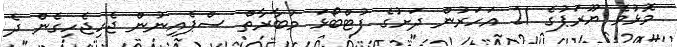
މޮޅުވެ ޔޫރަޕުގެ 21 އަހަރުން ދަށުގެ ފުޓްބޯޅަ މުބާރާތް ސްޕެއިނުން ޖެހިޖެހިގެން ދެ